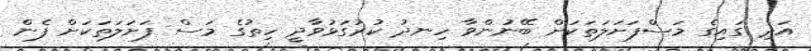
އަދި ގައިގެ މަސްފަށަލަތަކަށް ބޭނުންވާ ހިނދު ކުރުގަޅުވާދީ ހިތުގެ މަސް ފަށަލަތަކަށް ފެން